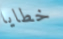
خطايا